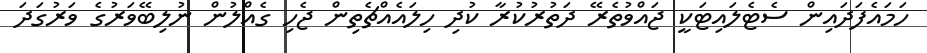
ހަމައެފަދައިން ސެޓެލައިޓަކީ ޖައްވުތެރޭ ދަތުރުކުރާ ކުދި ހިލައެއްޗެތިން ޖެހި ގެއްލުން ނުލިބޭވަރުގެ ވަރުގަދަ